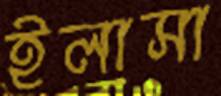
ইলাসা